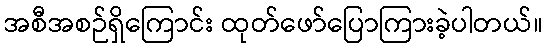
အစီအစဉ်ရှိကြောင်း ထုတ်ဖော်ပြောကြားခဲ့ပါတယ်။